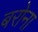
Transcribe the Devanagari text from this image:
बरोना